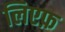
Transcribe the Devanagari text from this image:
लिएफ़